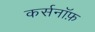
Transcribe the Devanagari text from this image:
कर्सनॉफ़